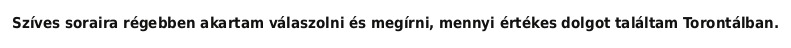
Szíves soraira régebben akartam válaszolni és megírni, mennyi értékes dolgot találtam Torontálban.